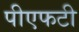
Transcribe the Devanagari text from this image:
पीएफटी